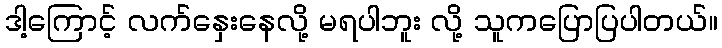
ဒါ့ကြောင့် လက်နှေးနေလို့ မရပါဘူး လို့ သူကပြောပြပါတယ်။